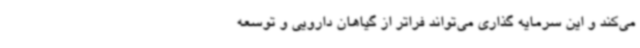
می‌کند و این سرمایه گذاری می‌تواند فراتر از گیاهان دارویی و توسعه